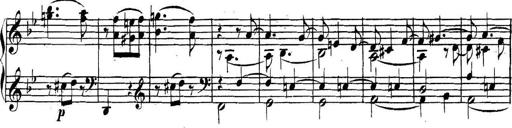
Title: Collected Piano Sonatas
Composer: Muzio Clementi